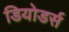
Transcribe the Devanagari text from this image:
डियोडर्स